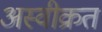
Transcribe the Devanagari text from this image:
अस्वीक्रत